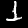
Label: 1